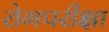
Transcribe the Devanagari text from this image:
रोगपरीक्षा